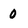
Character: 0